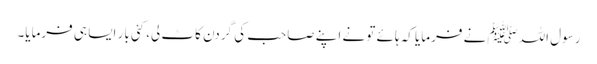
رسول اللہﷺ نے فرمایا کہ ہائے تو نے اپنے صاحب کی گردن کاٹ لی، کئی بار ایسا ہی فرمایا۔